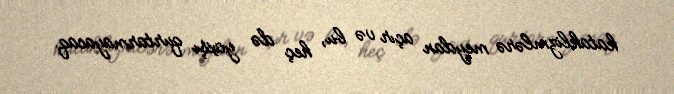
kataklizmlərə meydan açır və bu, heç də yaxşı qurtarmayacaq.